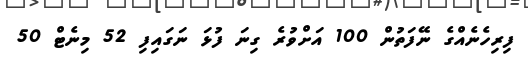
ފިރިހެނެއްގެ ނޭފަތުން 100 އަށްވުރެ ގިނަ ފުޅަ ނަގައިފި 52 މިނެޓް 50